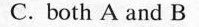
C. both A and B